Civil Veterinary Department Bihar & Orissa reports 1922-29 - 1922-1929
Year: 1922
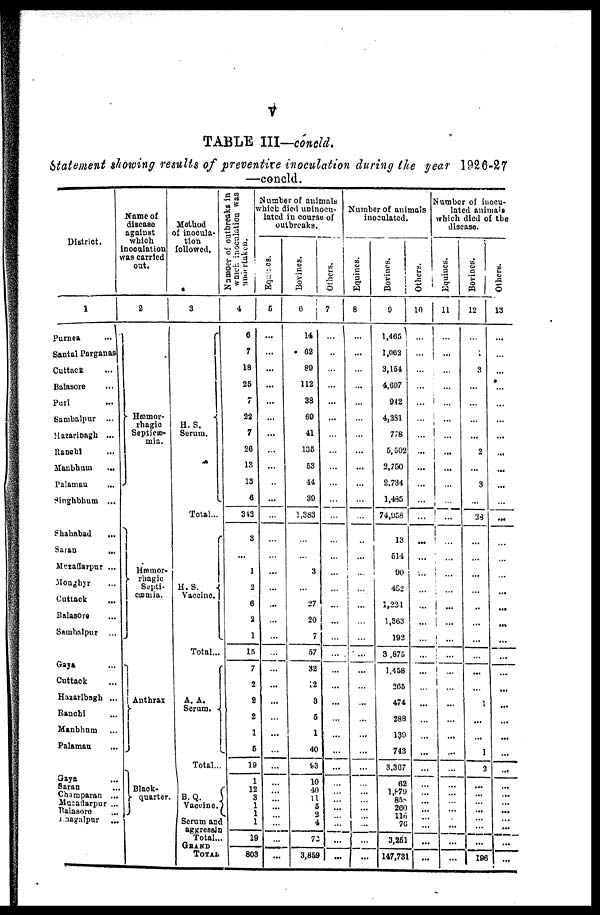
V
TABLE III—conclcl.
statement showing results of preventive inoculation during the year 1926-27
—concld.
District.
1
Purnea
Santal Parganas
Cuttack
Balasore
Puri
Sambalpur ...
Hazaribagh ...
Ranchi
Manbhum
Palamau
Singhbhum ...
Shahabad
Saran
,.,
Muzafiarpur ...
-Monghyr
Cuttack
Balasora
Saambalpur
Gaya
Cuttack
Hazaribagh ...
Ranchi
Manbhnm
Palamau
Gaya
Saran Champaran ...
Muzaffarpur ...
Balasore
Bhagalpur ...
Name of
discese
against
which
noculatiou
as carried
out.
2
- Hæmor-
rhagic
Septicæ-
mia.
Anthrax
Black-
quarter
Method
of inocula-
tion
followed.
3
H. S.
Serum.
Total...
H.S.
Vaccine.
Total...
A. A.
Serum. -
Total..
B.Q.
Vacine.
Serum and
aggresing
Total ...
GRAND
TOTAL
Number
of outbreaks in
which
inoculation was
undertaken
4
6
7
18
25
7
22
7
26
13
13
6
342
3
...
1
2
6
2
1
15
7
2
3
2
1
.
19
1
19
803
Number of animals
which died uninoeu-
lated in course of
outbreaks.
Equines.
5
...
...
...
Bovines.
6
14
62
89
112
38
69
41
135
53
44
39
1,383
3
27
20
7
57
32
12
3
5
1
40
63
10
40
11
5
4
72
3,858
Others.
7
_—
...
...
--
...
Number of animals
inoculated.
Equines.
8
...
| ...
- —-
Bovines.
9
1,465 1
1,062
3,154
4,697
942
4.281
778
5,502
2,750
2.734
1,495
74,958
13
514
90
4S2
1,221
1,363
192
3,875
1,458
265
474
288
139
743
3.367
62
1,879
858
260
116
70
3,251
147,731
Others.
10 I
...
...
!
...
-—
...
...
Number of inocu-
lated animals
whieh died of the
disease.
Equines.
11
...
...
!
i
Bovines.
12
Others.
13
'-
3
2
3
38
...
1
1
2
'.'.'.
196
...
...
...
...
...
...
...
...
...
...
...
....
...
...
...
...
'.'.'.
...
...